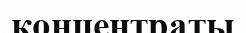
концентраты